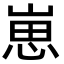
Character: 崽